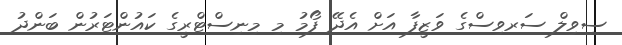
ސިވިލް ސަރވިސްގެ ވަޒީފާ އަށް އެދޭ ފޯމު މި މިނިސްޓްރީގެ ކައުންޓަރުން ބަންދު